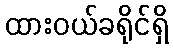
ထားဝယ်ခရိုင်ရှိ